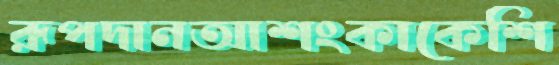
রূপদানআশংকাকেশি